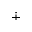
\dotplus